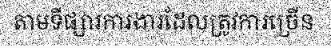
តាមទីផ្សារការងារដែលត្រូវការច្រើន